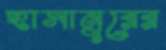
হাসানুরের